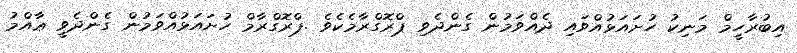
އިބުރާހީމް މަނިކު ހުށައަޅުއްވައި ދެއްވަމުން ގެންދެވި ޕްރޮގްރާމެކެވެ .ޕްރޮގްރާމް ހުށައަޅުއްވަމުން ގެންދެވީ ޢާއްމު